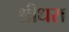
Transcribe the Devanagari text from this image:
श्रीधरा